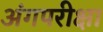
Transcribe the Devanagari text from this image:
अंगपरीक्षा